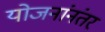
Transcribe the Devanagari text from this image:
योजनांनंतर